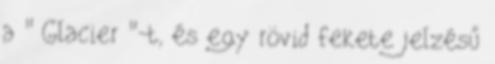
a " Glacier "-t, és egy rövid fekete jelzésű